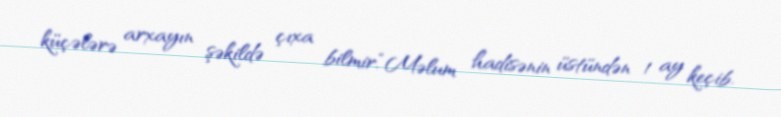
küçələrə arxayın şəkildə çıxa bilmir.“Məlum hadisənin üstündən 1 ay keçib.